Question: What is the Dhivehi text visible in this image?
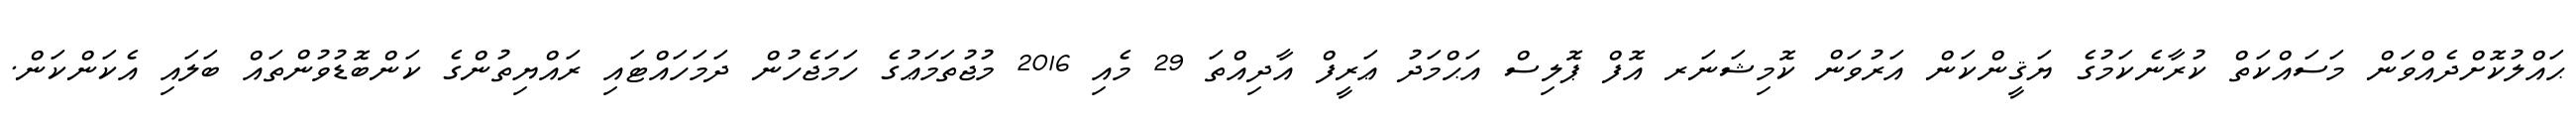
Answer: ޙައްލުކޮށްދެއްވަން މަސައްކަތް ކުރާނެކަމުގެ ޔަޤީންކަން އަރުވަން ކޮމިޝަނަރ އޮފް ޕޮލިސް އަޙްމަދު ޢަރީފް އާދިއްތަ 29 މެއި 2016 މުޖުތަމަޢުގެ ހަމަޖެހުން ދަމަހައްޓައި ރައްޔިތުންގެ ކަންބޮޑުވުންތައް ބަލައި އެކަންކަން.